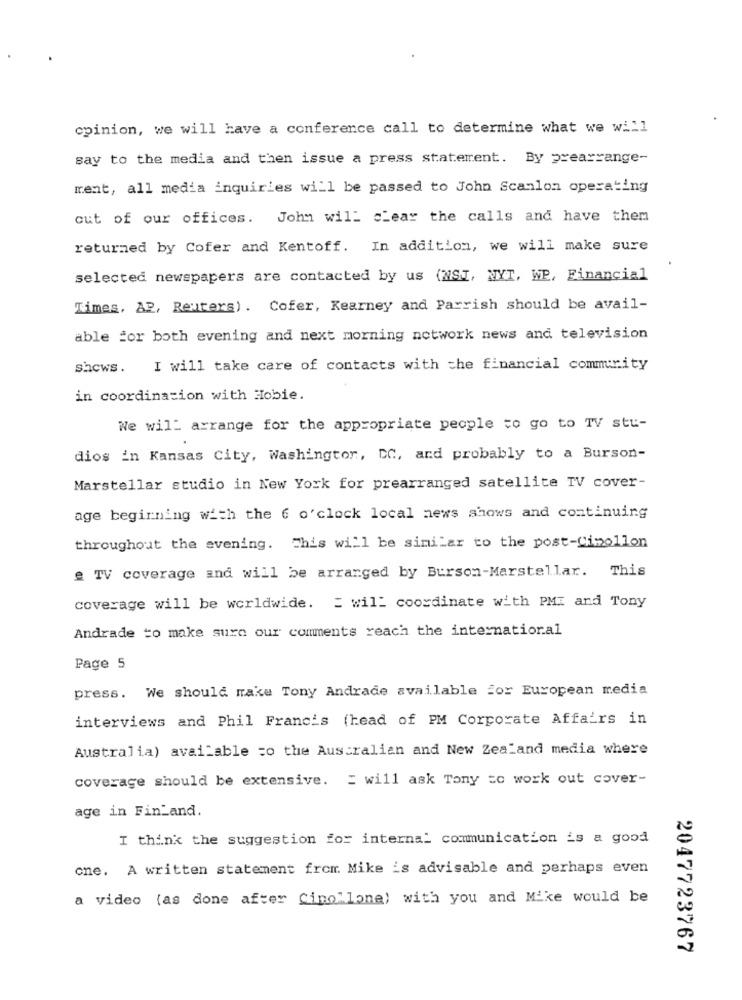
opinion, we will have a conference call to determine what we will
say to the media and then issue a press statement. By prearrange-
ment, all media inquiries will be passed to John Scanlon operating
cut of our offices.
John wil- clear the calls and have them
returned by Cofer and Kentoff. In addition, we will make sure
selected newspapers are contacted by us (MSI, NYT, WP, Financial
Times, AP, Reuters). Cofer, Kearney and Parrish should be avail-
able for both evening and next morning notwork news and television
shows.
I will take care of contacts with the financial community
in coordination with Hobie.
We will arrange for the appropriate people to go to TV stu-
dios in Kansas City, Washington, DC, and probably to a Burson-
Marstellar studio in New York for prearranged satellite TV cover-
age beginning with the 6 o'clock local news shows and continuing
throughout the evening. This will be similar to the post-Cimollon
e TV coverage and will be arranged by Burson-Marstellar. This
coverage will be worldwide. = will coordinate with PMI and Tony
Andrade to make sure our comments reach the international
Page 5
press. We should make Tony Andrade available for European media
interviews and Phil Francis (head of PM Corporate Affairs in
Australia) available =o the Australian and New Zealand media where
coverage should be extensive. = will ask Tony zo work out cover-
age in Fin_and.
I think the suggestion for internal communication is a good
one. A written statement from. Mike 's advisable and perhaps even
a video (as done after Cipollone) with you and Mike would be
2047723767